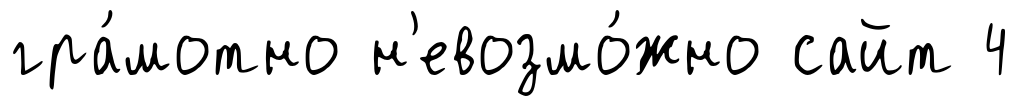
гра́мотно н'евозмо́жно сайт 4